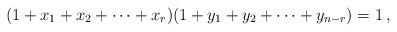
LaTeX: \begin{align*}(1+x_1+x_2+\cdots+x_r)(1+y_1+y_2+\cdots +y_{n-r})=1\,,\end{align*}